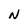
Character: N